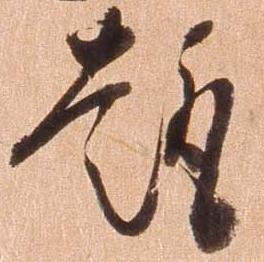
趣